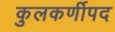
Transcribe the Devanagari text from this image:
कुलकर्णीपद